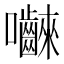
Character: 𭍐